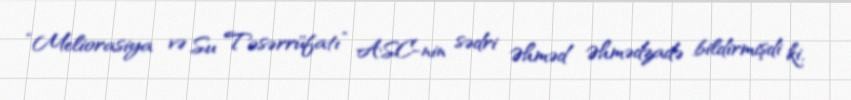
“Meliorasiya və Su Təsərrüfatı” ASC-nin sədri Əhməd Əhmədzadə bildirmişdi ki,